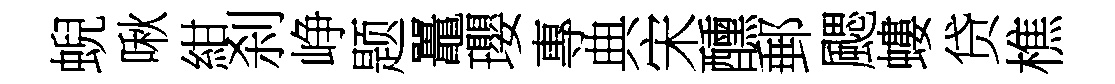
蜺啾紺刹峥题鼉瓔專典宋醺郵颸螻贷樵